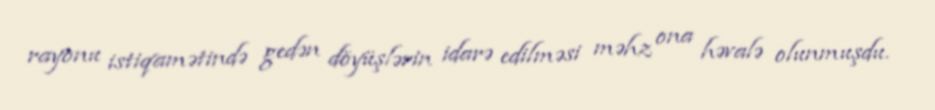
rayonu istiqamətində gedən döyüşlərin idarə edilməsi məhz ona həvalə olunmuşdu.